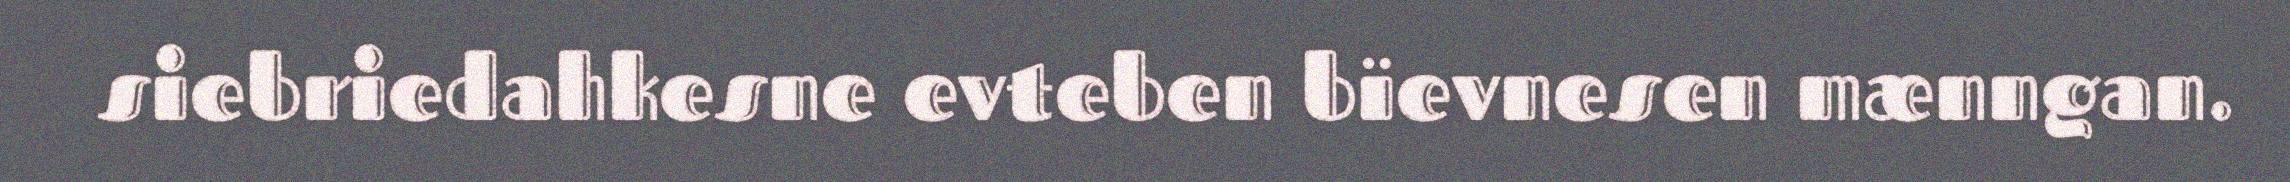
siebriedahkesne evteben bïevnesen mænngan.